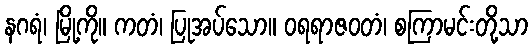
နဂရံ၊ မြို့ကို။ ကတံ၊ ပြုအပ်သော။ ဝရရာဇဝတံ၊ စကြာမင်းတို့သာ